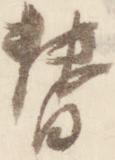
替